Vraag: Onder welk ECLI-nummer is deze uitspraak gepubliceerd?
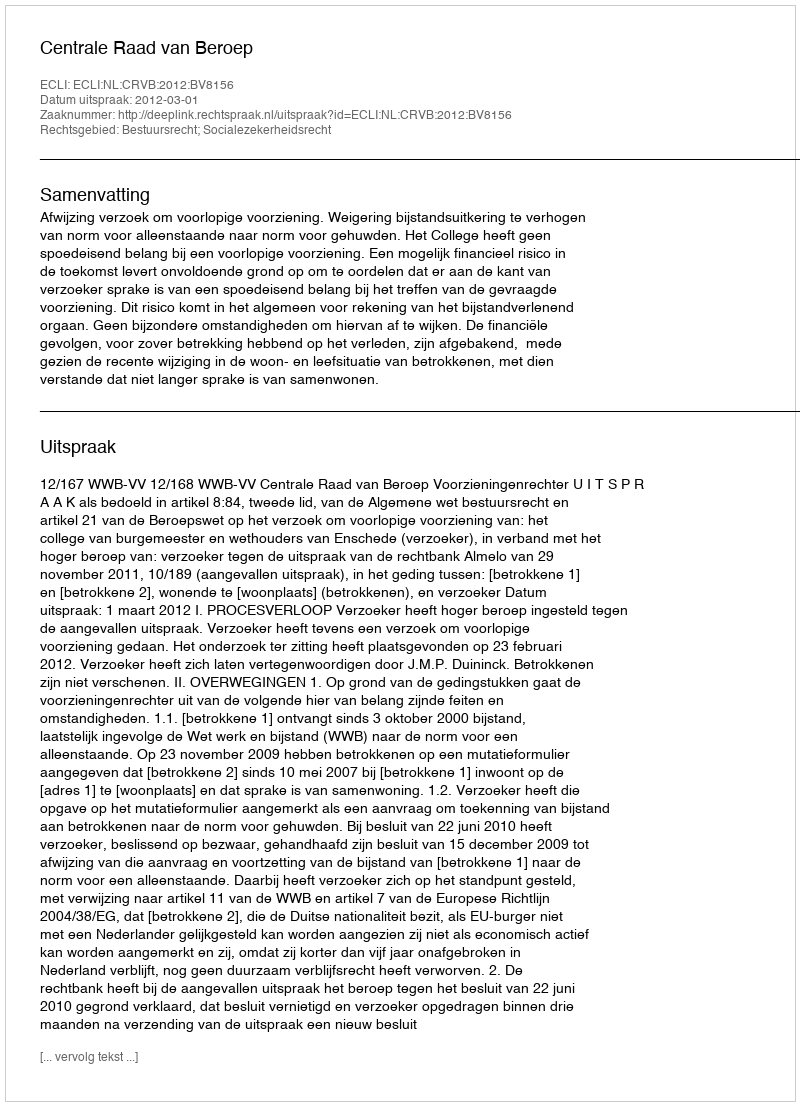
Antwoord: ECLI:NL:CRVB:2012:BV8156